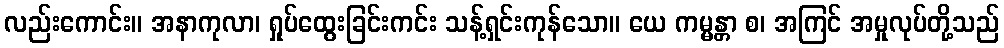
လည်းကောင်း။ အနာကုလာ၊ ရှုပ်ထွေးခြင်းကင်း သန့်ရှင်းကုန်သော။ ယေ ကမ္မန္တာ စ၊ အကြင် အမှုလုပ်တို့သည်